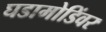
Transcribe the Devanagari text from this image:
घडामोडिंवर